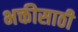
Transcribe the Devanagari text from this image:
भक्तीसाठी